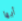
أيها